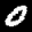
Label: 0